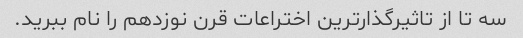
سه تا از تاثیرگذارترین اختراعات قرن نوزدهم را نام ببرید.